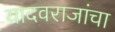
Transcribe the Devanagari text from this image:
यादवराजांचा